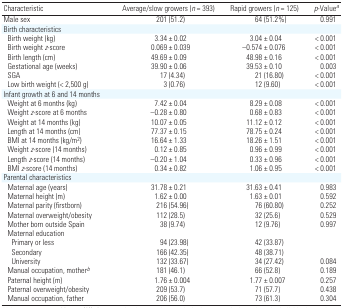
<table><thead><tr><td><b>Characteristic</b></td><td><b>Average/slow growers (<i>n</i> = 393)</b></td><td><b>Rapid growers (<i>n</i> = 125)</b></td><td><b><i>p</i>-Valuea</b></td></tr></thead><tbody><tr><td>Male sex</td><td>201 (51.2)</td><td>64 (51.2%)</td><td>0.991</td></tr><tr><td colspan="4">Birth characteristics</td></tr><tr><td> Birth weight (kg)</td><td>3.34 ± 0.02</td><td>3.04 ± 0.04</td><td>&lt; 0.001</td></tr><tr><td> Birth weight <i>z</i>-score</td><td>0.069 ± 0.039</td><td>−0.574 ± 0.076</td><td>&lt; 0.001</td></tr><tr><td> Birth length (cm)</td><td>49.69 ± 0.09</td><td>48.98 ± 0.16</td><td>&lt; 0.001</td></tr><tr><td> Gestational age (weeks)</td><td>39.90 ± 0.06</td><td>39.53 ± 0.10</td><td>0.003</td></tr><tr><td> SGA</td><td>17 (4.34)</td><td>21 (16.80)</td><td>&lt; 0.001</td></tr><tr><td> Low birth weight (&lt; 2,500 g)</td><td>3 (0.76)</td><td>12 (9.60)</td><td>&lt; 0.001</td></tr><tr><td colspan="4">Infant growth at 6 and 14 months</td></tr><tr><td> Weight at 6 months (kg)</td><td>7.42 ± 0.04</td><td>8.29 ± 0.08</td><td>&lt; 0.001</td></tr><tr><td> Weight <i>z</i>-score at 6 months</td><td>−0.28 ± 0.80</td><td>0.68 ± 0.83</td><td>&lt; 0.001</td></tr><tr><td> Weight at 14 months (kg)</td><td>10.07 ± 0.05</td><td>11.12 ± 0.12</td><td>&lt; 0.001</td></tr><tr><td> Length at 14 months (cm)</td><td>77.37 ± 0.15</td><td>78.75 ± 0.24</td><td>&lt; 0.001</td></tr><tr><td> BMI at 14 months (kg/m<sup>2</sup>)</td><td>16.64 ± 1.33</td><td>18.26 ± 1.51</td><td>&lt; 0.001</td></tr><tr><td> Weight <i>z</i>-score (14 months)</td><td>0.12 ± 0.85</td><td>0.96 ± 0.99</td><td>&lt; 0.001</td></tr><tr><td> Length <i>z</i>-score (14 months)</td><td>−0.20 ± 1.04</td><td>0.33 ± 0.96</td><td>&lt; 0.001</td></tr><tr><td> BMI <i>z</i>-score (14 months)</td><td>0.34 ± 0.82</td><td>1.06 ± 0.95</td><td>&lt; 0.001</td></tr><tr><td colspan="4">Parental characteristics</td></tr><tr><td> Maternal age (years)</td><td>31.78 ± 0.21</td><td>31.63 ± 0.41</td><td>0.983</td></tr><tr><td> Maternal height (m)</td><td>1.62 ± 0.00</td><td>1.63 ± 0.01</td><td>0.592</td></tr><tr><td> Maternal parity (firstborn)</td><td>216 (54.96)</td><td>76 (60.80)</td><td>0.252</td></tr><tr><td> Maternal overweight/obesity</td><td>112 (28.5)</td><td>32 (25.6)</td><td>0.529</td></tr><tr><td> Mother born outside Spain</td><td>38 (9.74)</td><td>12 (9.76)</td><td>0.997</td></tr><tr><td colspan="4"> Maternal education</td></tr><tr><td>Primary or less</td><td>94 (23.98)</td><td>42 (33.87)</td><td></td></tr><tr><td>Secondary</td><td>166 (42.35)</td><td>48 (38.71)</td><td></td></tr><tr><td>University</td><td>132 (33.67)</td><td>34 (27.42)</td><td>0.084</td></tr><tr><td> Manual occupation, motherb</td><td>181 (46.1)</td><td>66 (52.8)</td><td>0.189</td></tr><tr><td> Paternal height (m)</td><td>1.76 ± 0.004</td><td>1.77 ± 0.007</td><td>0.257</td></tr><tr><td> Paternal overweight/obesity</td><td>209 (53.7)</td><td>71 (57.7)</td><td>0.438</td></tr><tr><td> Manual occupation, father</td><td>206 (56.0)</td><td>73 (61.3)</td><td>0.304</td></tr></tbody></table>